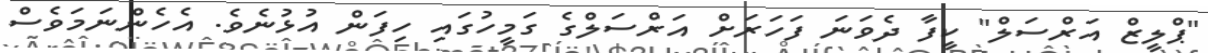
"ޕްލީޒް އަރްސަލް" ކީފާ ދެވަނަ ފަހަރަށް އަރްސަލްގެ ގަމީހުގައި ހިފަން އުޅުނެވެ. އެހެންނަމަވެސް